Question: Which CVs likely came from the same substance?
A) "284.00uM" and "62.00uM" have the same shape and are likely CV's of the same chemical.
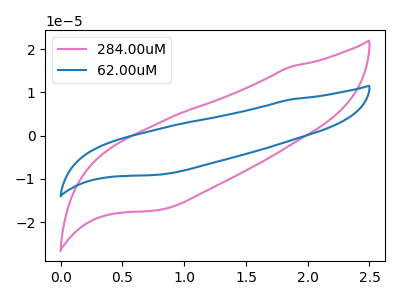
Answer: <think>The pink curve "284.00uM" has no peaks. The blue curve "62.00uM" has no peaks.
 Neither "284.00uM" or "62.00uM" have any peaks.</think>
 <answer>A) "284.00uM" and "62.00uM" have the same shape and are likely CV's of the same chemical.</answer>
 <eval>A</eval>